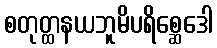
စတုတ္ထနယဘူမိပရိစ္ဆေဒေါ